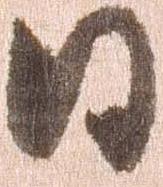
日